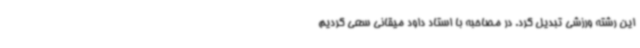
این رشته ورزشی تبدیل کرد. در مصاحبه با استاد داود میقانی سعی کردیم